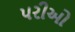
પરીઓ